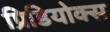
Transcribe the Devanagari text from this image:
प्रिडियोक्स